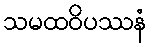
သမထဝိပဿနံ